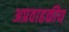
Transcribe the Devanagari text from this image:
अप्रवाहकीय